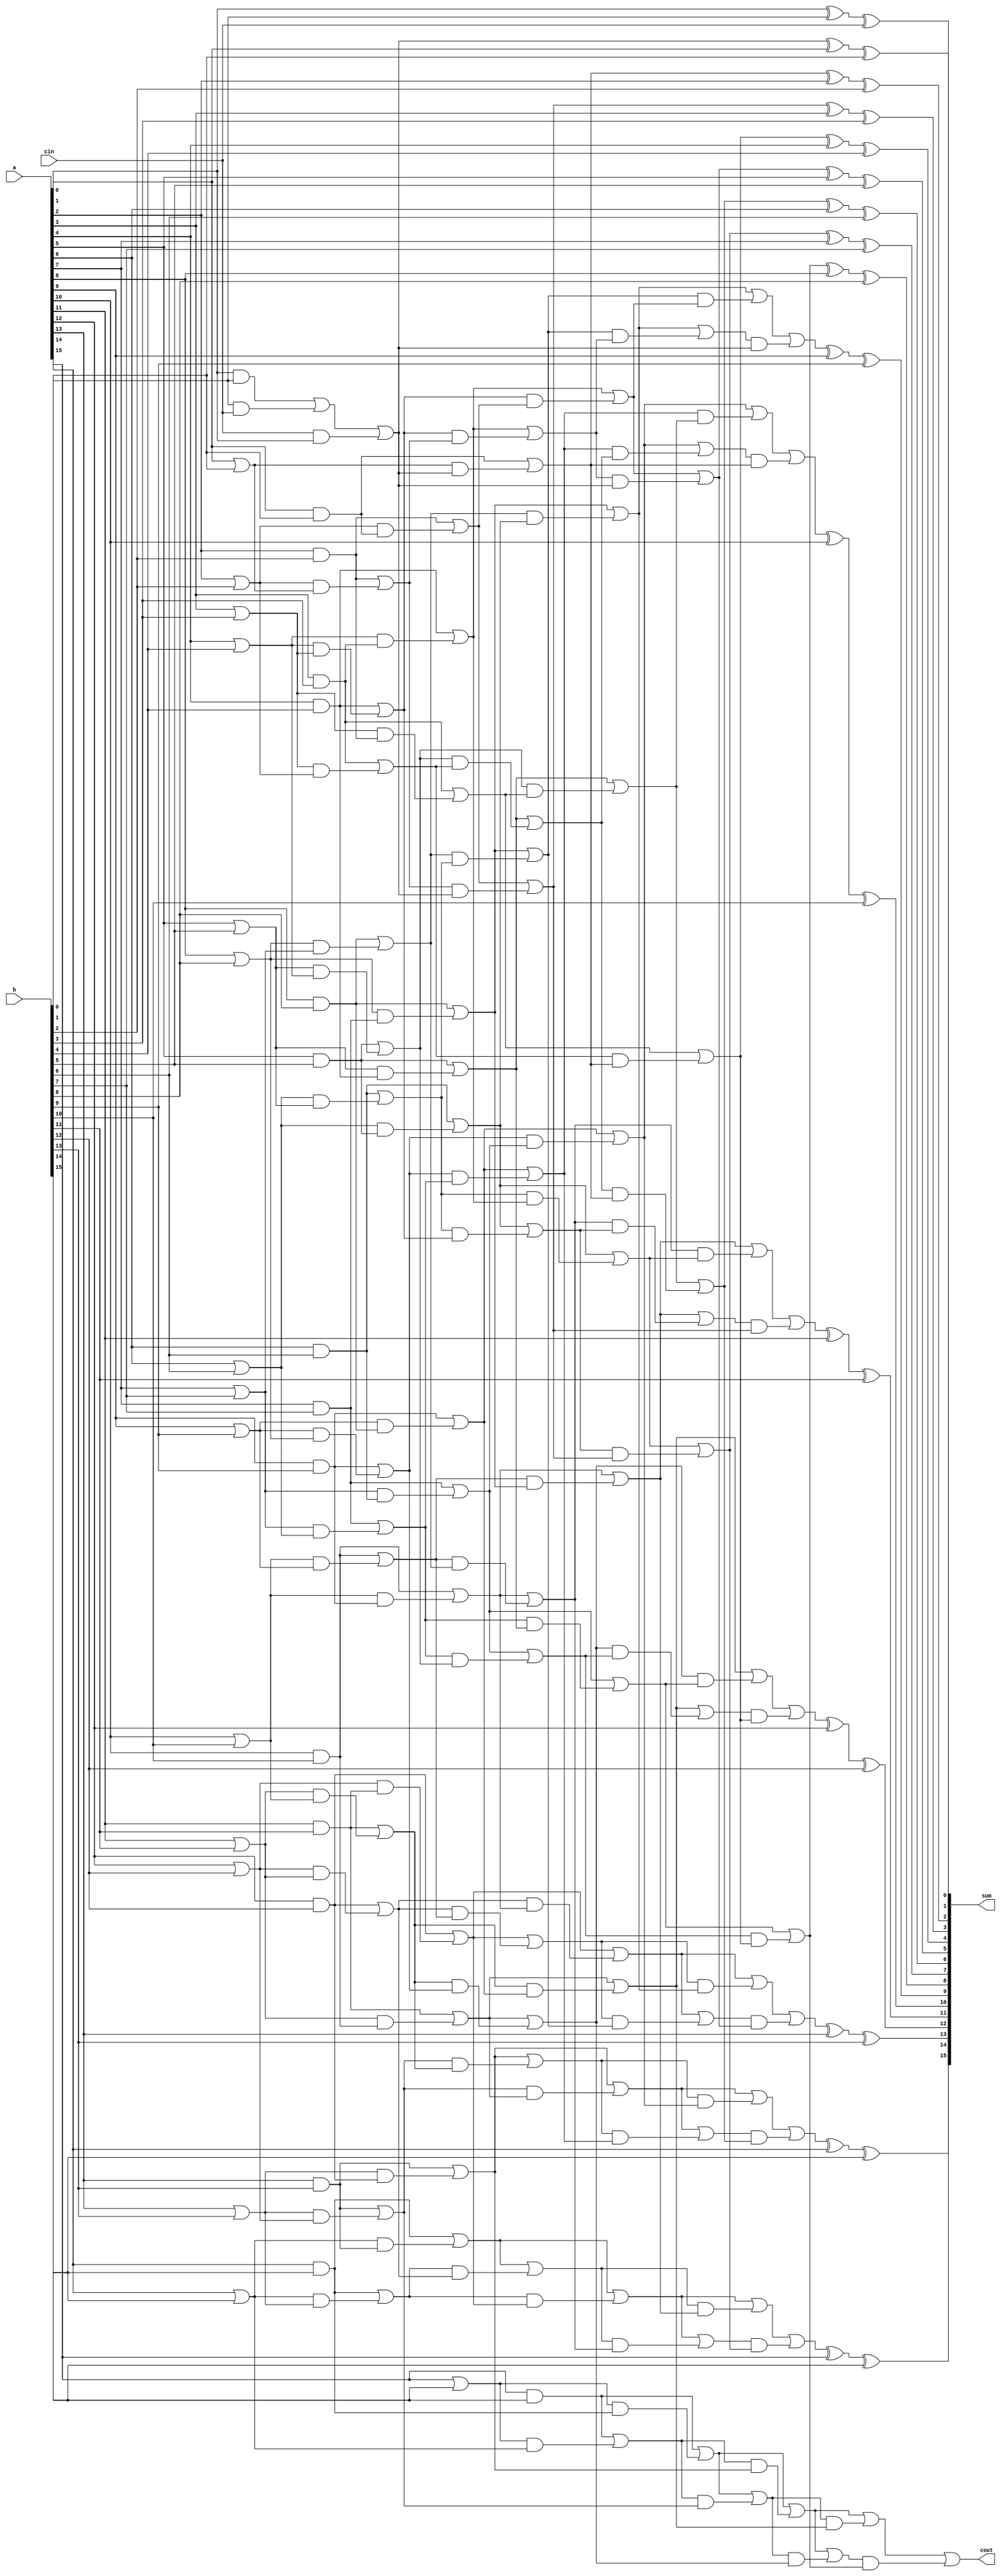
module RecursiveDoubling(a, b, cin, sum, cout);
	input [16:1] a,b;
	input cin;
	
	output wire [16:1] sum;
	output wire cout;

	wire [1:0] pgk [16:1];
	
	wire [1:0] temp_1 [16:1];
	wire [1:0] temp_2 [16:1];
	wire [1:0] temp_3 [16:1];
	wire [1:0] temp_4 [16:1];

	wire [16:1] gk;
	

//pgk -- 00-kill && 11-generate && 10-propagate
	
//PGK Generating
assign pgk[1][0]=(a[1]&b[1]) | (b[1]&cin) | (cin&a[1]);
assign pgk[1][1]=(a[1]&b[1]) | (b[1]&cin) | (cin&a[1]);

assign pgk[2][0]=a[2]&b[2]; 
assign pgk[2][1]=a[2]|b[2];

assign pgk[3][0]=a[3]&b[3]; 
assign pgk[3][1]=a[3]|b[3];

assign pgk[4][0]=a[4]&b[4]; 
assign pgk[4][1]=a[4]|b[4];

assign pgk[5][0]=a[5]&b[5]; 
assign pgk[5][1]=a[5]|b[5];

assign pgk[6][0]=a[6]&b[6]; 
assign pgk[6][1]=a[6]|b[6];

assign pgk[7][0]=a[7]&b[7]; 
assign pgk[7][1]=a[7]|b[7];

assign pgk[8][0]=a[8]&b[8]; 
assign pgk[8][1]=a[8]|b[8];

assign pgk[9][0]=a[9]&b[9]; 
assign pgk[9][1]=a[9]|b[9];

assign pgk[10][0]=a[10]&b[10]; 
assign pgk[10][1]=a[10]|b[10];

assign pgk[11][0]=a[11]&b[11]; 
assign pgk[11][1]=a[11]|b[11];

assign pgk[12][0]=a[12]&b[12]; 
assign pgk[12][1]=a[12]|b[12];

assign pgk[13][0]=a[13]&b[13]; 
assign pgk[13][1]=a[13]|b[13];

assign pgk[14][0]=a[14]&b[14]; 
assign pgk[14][1]=a[14]|b[14];

assign pgk[15][0]=a[15]&b[15]; 
assign pgk[15][1]=a[15]|b[15];

assign pgk[16][0]=a[16]&b[16]; 
assign pgk[16][1]=a[16]|b[16];


//PGK Reducing
// 16 15 14 13 12 11 10 9 8 7 6 5 4 3 2 1
// 1 - 16.15  15.14  14.13  13.12  12.11  11.10  10.9  9.8  8.7  7.6  6.5  5.4  4.3  3.2  2.1  1
// 2 - 16.14  15.13  14.12  13.11  12.10  11.9  10.8  9.7  8.6  7.5  6.4  5.3  4.2  3.1  2  1
// 4 - 16.12  15.11  14.10  13.9  12.8  11.7  10.6  9.5  8.4  7.3  6.2  5.1  4  3  2  1
// 8 - 16.8  15.7  14.6  13.5  12.4  11.3  10.2  9.1  8  7  6  5  4  3  2  1
// 16- NIL

// 1 - 16.15  15.14  14.13  13.12  12.11  11.10  10.9  9.8  8.7  7.6  6.5  5.4  4.3  3.2  2.1  1
assign temp_1[1][0]=pgk[1][0];
assign temp_1[1][1]=pgk[1][1];

assign temp_1[2][0]=(pgk[2][0])|(pgk[2][1]&pgk[1][0]);
assign temp_1[2][1]=(pgk[2][0])|(pgk[2][1]&pgk[1][1]);

assign temp_1[3][0]=(pgk[3][0])|(pgk[3][1]&pgk[2][0]);
assign temp_1[3][1]=(pgk[3][0])|(pgk[3][1]&pgk[2][1]);

assign temp_1[4][0]=(pgk[4][0])|(pgk[4][1]&pgk[3][0]);
assign temp_1[4][1]=(pgk[4][0])|(pgk[4][1]&pgk[3][1]);

assign temp_1[5][0]=(pgk[5][0])|(pgk[5][1]&pgk[4][0]);
assign temp_1[5][1]=(pgk[5][0])|(pgk[5][1]&pgk[4][1]);

assign temp_1[6][0]=(pgk[6][0])|(pgk[6][1]&pgk[5][0]);
assign temp_1[6][1]=(pgk[6][0])|(pgk[6][1]&pgk[5][1]);

assign temp_1[7][0]=(pgk[7][0])|(pgk[7][1]&pgk[6][0]);
assign temp_1[7][1]=(pgk[7][0])|(pgk[7][1]&pgk[6][1]);

assign temp_1[8][0]=(pgk[8][0])|(pgk[8][1]&pgk[7][0]);
assign temp_1[8][1]=(pgk[8][0])|(pgk[8][1]&pgk[7][1]);

assign temp_1[9][0]=(pgk[9][0])|(pgk[9][1]&pgk[8][0]);
assign temp_1[9][1]=(pgk[9][0])|(pgk[9][1]&pgk[8][1]);

assign temp_1[10][0]=(pgk[10][0])|(pgk[10][1]&pgk[9][0]);
assign temp_1[10][1]=(pgk[10][0])|(pgk[10][1]&pgk[9][1]);

assign temp_1[11][0]=(pgk[11][0])|(pgk[11][1]&pgk[10][0]);
assign temp_1[11][1]=(pgk[11][0])|(pgk[11][1]&pgk[10][1]);

assign temp_1[12][0]=(pgk[12][0])|(pgk[12][1]&pgk[11][0]);
assign temp_1[12][1]=(pgk[12][0])|(pgk[12][1]&pgk[11][1]);

assign temp_1[13][0]=(pgk[13][0])|(pgk[13][1]&pgk[12][0]);
assign temp_1[13][1]=(pgk[13][0])|(pgk[13][1]&pgk[12][1]);

assign temp_1[14][0]=(pgk[14][0])|(pgk[14][1]&pgk[13][0]);
assign temp_1[14][1]=(pgk[14][0])|(pgk[14][1]&pgk[13][1]);

assign temp_1[15][0]=(pgk[15][0])|(pgk[15][1]&pgk[14][0]);
assign temp_1[15][1]=(pgk[15][0])|(pgk[15][1]&pgk[14][1]);

assign temp_1[16][0]=(pgk[16][0])|(pgk[16][1]&pgk[15][0]);
assign temp_1[16][1]=(pgk[16][0])|(pgk[16][1]&pgk[15][1]);




// 2 - 16.14  15.13  14.12  13.11  12.10  11.9  10.8  9.7  8.6  7.5  6.4  5.3  4.2  3.1  2  1
assign temp_2[1][0]=temp_1[1][0];
assign temp_2[1][1]=temp_1[1][1];

assign temp_2[2][0]=temp_1[2][0];
assign temp_2[2][1]=temp_1[2][1];

assign temp_2[3][0]=(temp_1[3][0])|(temp_1[3][1]&temp_1[1][0]);
assign temp_2[3][1]=(temp_1[3][0])|(temp_1[3][1]&temp_1[1][1]);

assign temp_2[4][0]=(temp_1[4][0])|(temp_1[4][1]&temp_1[2][0]);
assign temp_2[4][1]=(temp_1[4][0])|(temp_1[4][1]&temp_1[2][1]);

assign temp_2[5][0]=(temp_1[5][0])|(temp_1[5][1]&temp_1[3][0]);
assign temp_2[5][1]=(temp_1[5][0])|(temp_1[5][1]&temp_1[3][1]);

assign temp_2[6][0]=(temp_1[6][0])|(temp_1[6][1]&temp_1[4][0]);
assign temp_2[6][1]=(temp_1[6][0])|(temp_1[6][1]&temp_1[4][1]);

assign temp_2[7][0]=(temp_1[7][0])|(temp_1[7][1]&temp_1[5][0]);
assign temp_2[7][1]=(temp_1[7][0])|(temp_1[7][1]&temp_1[5][1]);

assign temp_2[8][0]=(temp_1[8][0])|(temp_1[8][1]&temp_1[6][0]);
assign temp_2[8][1]=(temp_1[8][0])|(temp_1[8][1]&temp_1[6][1]);

assign temp_2[9][0]=(temp_1[9][0])|(temp_1[9][1]&temp_1[7][0]);
assign temp_2[9][1]=(temp_1[9][0])|(temp_1[9][1]&temp_1[7][1]);

assign temp_2[10][0]=(temp_1[10][0])|(temp_1[10][1]&temp_1[8][0]);
assign temp_2[10][1]=(temp_1[10][0])|(temp_1[10][1]&temp_1[8][1]);

assign temp_2[11][0]=(temp_1[11][0])|(temp_1[11][1]&temp_1[9][0]);
assign temp_2[11][1]=(temp_1[11][0])|(temp_1[11][1]&temp_1[9][1]);

assign temp_2[12][0]=(temp_1[12][0])|(temp_1[12][1]&temp_1[10][0]);
assign temp_2[12][1]=(temp_1[12][0])|(temp_1[12][1]&temp_1[10][1]);

assign temp_2[13][0]=(temp_1[13][0])|(temp_1[13][1]&temp_1[11][0]);
assign temp_2[13][1]=(temp_1[13][0])|(temp_1[13][1]&temp_1[11][1]);

assign temp_2[14][0]=(temp_1[14][0])|(temp_1[14][1]&temp_1[12][0]);
assign temp_2[14][1]=(temp_1[14][0])|(temp_1[14][1]&temp_1[12][1]);

assign temp_2[15][0]=(temp_1[15][0])|(temp_1[15][1]&temp_1[13][0]);
assign temp_2[15][1]=(temp_1[15][0])|(temp_1[15][1]&temp_1[13][1]);

assign temp_2[16][0]=(temp_1[16][0])|(temp_1[16][1]&temp_1[14][0]);
assign temp_2[16][1]=(temp_1[16][0])|(temp_1[16][1]&temp_1[14][1]);

// 4 - 16.12  15.11  14.10  13.9  12.8  11.7  10.6  9.5  8.4  7.3  6.2  5.1  4  3  2  1
assign temp_3[1][0]=temp_2[1][0];
assign temp_3[1][1]=temp_2[1][1];

assign temp_3[2][0]=temp_2[2][0];
assign temp_3[2][1]=temp_2[2][1];

assign temp_3[3][0]=temp_2[3][0];
assign temp_3[3][1]=temp_2[3][1];

assign temp_3[4][0]=temp_2[4][0];
assign temp_3[4][1]=temp_2[4][1];

assign temp_3[5][0]=(temp_2[5][0])|(temp_2[5][1]&temp_2[1][0]);
assign temp_3[5][1]=(temp_2[5][0])|(temp_2[5][1]&temp_2[1][1]);

assign temp_3[6][0]=(temp_2[6][0])|(temp_2[6][1]&temp_2[2][0]);
assign temp_3[6][1]=(temp_2[6][0])|(temp_2[6][1]&temp_2[2][1]);

assign temp_3[7][0]=(temp_2[7][0])|(temp_2[7][1]&temp_2[3][0]);
assign temp_3[7][1]=(temp_2[7][0])|(temp_2[7][1]&temp_2[3][1]);

assign temp_3[8][0]=(temp_2[8][0])|(temp_2[8][1]&temp_2[4][0]);
assign temp_3[8][1]=(temp_2[8][0])|(temp_2[8][1]&temp_2[4][1]);

assign temp_3[9][0]=(temp_2[9][0])|(temp_2[9][1]&temp_2[5][0]);
assign temp_3[9][1]=(temp_2[9][0])|(temp_2[9][1]&temp_2[5][1]);

assign temp_3[10][0]=(temp_2[10][0])|(temp_2[10][1]&temp_2[6][0]);
assign temp_3[10][1]=(temp_2[10][0])|(temp_2[10][1]&temp_2[6][1]);

assign temp_3[11][0]=(temp_2[11][0])|(temp_2[11][1]&temp_2[7][0]);
assign temp_3[11][1]=(temp_2[11][0])|(temp_2[11][1]&temp_2[7][1]);

assign temp_3[12][0]=(temp_2[12][0])|(temp_2[12][1]&temp_2[8][0]);
assign temp_3[12][1]=(temp_2[12][0])|(temp_2[12][1]&temp_2[8][1]);

assign temp_3[13][0]=(temp_2[13][0])|(temp_2[13][1]&temp_2[9][0]);
assign temp_3[13][1]=(temp_2[13][0])|(temp_2[13][1]&temp_2[9][1]);

assign temp_3[14][0]=(temp_2[14][0])|(temp_2[14][1]&temp_2[10][0]);
assign temp_3[14][1]=(temp_2[14][0])|(temp_2[14][1]&temp_2[10][1]);

assign temp_3[15][0]=(temp_2[15][0])|(temp_2[15][1]&temp_2[11][0]);
assign temp_3[15][1]=(temp_2[15][0])|(temp_2[15][1]&temp_2[11][1]);

assign temp_3[16][0]=(temp_2[16][0])|(temp_2[16][1]&temp_2[12][0]);
assign temp_3[16][1]=(temp_2[16][0])|(temp_2[16][1]&temp_2[12][1]);

// 8 - 16.8  15.7  14.6  13.5  12.4  11.3  10.2  9.1  8  7  6  5  4  3  2  1
assign temp_4[1][0]=temp_3[1][0];
assign temp_4[1][1]=temp_3[1][1];

assign temp_4[2][0]=temp_3[2][0];
assign temp_4[2][1]=temp_3[2][1];

assign temp_4[3][0]=temp_3[3][0];
assign temp_4[3][1]=temp_3[3][1];

assign temp_4[4][0]=temp_3[4][0];
assign temp_4[4][1]=temp_3[4][1];

assign temp_4[5][0]=temp_3[5][0];
assign temp_4[5][1]=temp_3[5][1];

assign temp_4[6][0]=temp_3[6][0];
assign temp_4[6][1]=temp_3[6][1];

assign temp_4[7][0]=temp_3[7][0];
assign temp_4[7][1]=temp_3[7][1];

assign temp_4[8][0]=temp_3[8][0];
assign temp_4[8][1]=temp_3[8][1];

assign temp_4[9][0]=(temp_3[9][0])|(temp_3[9][1]&temp_3[1][0]);
assign temp_4[9][1]=(temp_3[9][0])|(temp_3[9][1]&temp_3[1][1]);

assign temp_4[10][0]=(temp_3[10][0])|(temp_3[10][1]&temp_3[2][0]);
assign temp_4[10][1]=(temp_3[10][0])|(temp_3[10][1]&temp_3[2][1]);

assign temp_4[11][0]=(temp_3[11][0])|(temp_3[11][1]&temp_3[3][0]);
assign temp_4[11][1]=(temp_3[11][0])|(temp_3[11][1]&temp_3[3][1]);

assign temp_4[12][0]=(temp_3[12][0])|(temp_3[12][1]&temp_3[4][0]);
assign temp_4[12][1]=(temp_3[12][0])|(temp_3[12][1]&temp_3[4][1]);

assign temp_4[13][0]=(temp_3[13][0])|(temp_3[13][1]&temp_3[5][0]);
assign temp_4[13][1]=(temp_3[13][0])|(temp_3[13][1]&temp_3[5][1]);

assign temp_4[14][0]=(temp_3[14][0])|(temp_3[14][1]&temp_3[6][0]);
assign temp_4[14][1]=(temp_3[14][0])|(temp_3[14][1]&temp_3[6][1]);

assign temp_4[15][0]=(temp_3[15][0])|(temp_3[15][1]&temp_3[7][0]);
assign temp_4[15][1]=(temp_3[15][0])|(temp_3[15][1]&temp_3[7][1]);

assign temp_4[16][0]=(temp_3[16][0])|(temp_3[16][1]&temp_3[8][0]);
assign temp_4[16][1]=(temp_3[16][0])|(temp_3[16][1]&temp_3[8][1]);

//GK Calculating
assign gk[1]=temp_4[1][1];
assign gk[2]=temp_4[2][1];
assign gk[3]=temp_4[3][1];
assign gk[4]=temp_4[4][1];
assign gk[5]=temp_4[5][1];
assign gk[6]=temp_4[6][1];
assign gk[7]=temp_4[7][1];
assign gk[8]=temp_4[8][1];
assign gk[9]=temp_4[9][1];
assign gk[10]=temp_4[10][1];
assign gk[11]=temp_4[11][1];
assign gk[12]=temp_4[12][1];
assign gk[13]=temp_4[13][1];
assign gk[14]=temp_4[14][1];
assign gk[15]=temp_4[15][1];
assign gk[16]=temp_4[16][1];


//calculating sum
assign sum[1]=a[1]^b[1]^cin;
assign sum[2]=gk[1]^a[2]^b[2];
assign sum[3]=gk[2]^a[3]^b[3];
assign sum[4]=gk[3]^a[4]^b[4];
assign sum[5]=gk[4]^a[5]^b[5];
assign sum[6]=gk[5]^a[6]^b[6];
assign sum[7]=gk[6]^a[7]^b[7];
assign sum[8]=gk[7]^a[8]^b[8];
assign sum[9]=gk[8]^a[9]^b[9];
assign sum[10]=gk[9]^a[10]^b[10];
assign sum[11]=gk[10]^a[11]^b[11];
assign sum[12]=gk[11]^a[12]^b[12];
assign sum[13]=gk[12]^a[13]^b[13];
assign sum[14]=gk[13]^a[14]^b[14];
assign sum[15]=gk[14]^a[15]^b[15];
assign sum[16]=gk[15]^a[16]^b[16];
assign cout=gk[16];


endmodule